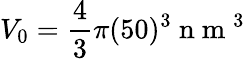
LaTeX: V_{0}=\frac{4}{3}\pi(50)^{3}\mathrm{~n~m~}^{3}